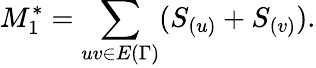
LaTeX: M_{1}^{*}=\sum_{uv\in E{(\Gamma)}}(S_{(u)}+S_{(v)}).